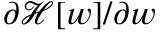
\partial \mathcal { H } [ \boldsymbol { w } ] / \partial \boldsymbol { w }